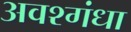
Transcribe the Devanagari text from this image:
अवश्गंधा